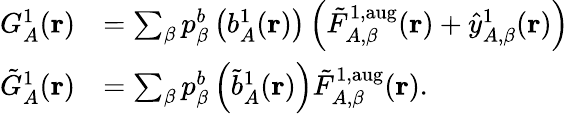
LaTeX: \begin{array}{rl}{G_{A}^{1}(\mathbf{r})}&{=\sum_{\beta}p_{\beta}^{b}\left(b_{A}^{1}(\mathbf{r})\right)\left(\tilde{F}_{A,\beta}^{1,\mathrm{aug}}(\mathbf{r})+\hat{y}_{A,\beta}^{1}(\mathbf{r})\right)}\\ {\tilde{G}_{A}^{1}(\mathbf{r})}&{=\sum_{\beta}p_{\beta}^{b}\left(\tilde{b}_{A}^{1}(\mathbf{r})\right)\tilde{F}_{A,\beta}^{1,\mathrm{aug}}(\mathbf{r}).}\end{array}